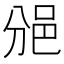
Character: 𨚇